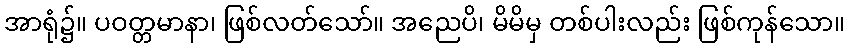
အာရုံ၌။ ပဝတ္တမာနာ၊ ဖြစ်လတ်သော်။ အညေပိ၊ မိမိမှ တစ်ပါးလည်း ဖြစ်ကုန်သော။